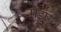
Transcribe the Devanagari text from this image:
मेइए